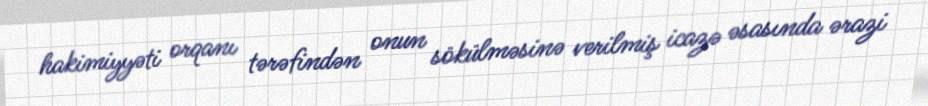
hakimiyyəti orqanı tərəfindən onun sökülməsinə verilmiş icazə əsasında ərazi